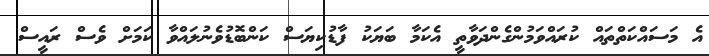
އެ މަސައްކަތްތައް ކުރައްވަމުންގެންދަވާތީ އެކަމާ ބަޔަކު ފާޑުކިޔަސް ކަންބޮޑުވެނުލައްވާ ކަމަށް ވެސް ރައީސް